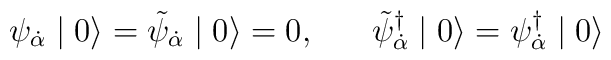
\psi_{\dot \alpha} \mid 0 \rangle = \tilde{\psi}_{\dot \alpha} \mid 0 \rangle = 0, \;\;\;\;\;\; \tilde{\psi}^{\dagger}_{\dot \alpha} \mid 0 \rangle  = \psi^{\dagger}_{\dot \alpha} \mid 0 \rangle